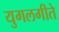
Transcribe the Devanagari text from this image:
युगलगीते